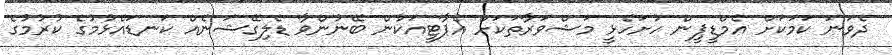
ދެވަނަ ކަމަކަށް އެމްޑީޕީން ހުށަހެޅީ މަޝްވަރާތަކަށް އެޕާޓީއަކުން ބޭނުންވާ ޑެލިގޭޝަނެއް ކަނޑައެޅުމުގެ ކުރުމުގެ